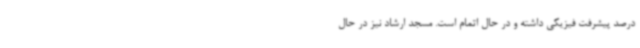
درصد پیشرفت فیزیکی داشته و در حال اتمام است. مسجد ارشاد نیز در حال